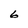
Character: 6